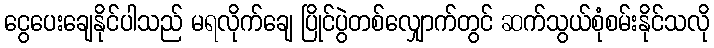
ငွေပေးချေနိုင်ပါသည် မရလိုက်ချေ ပြိုင်ပွဲတစ်လျှောက်တွင် ဆက်သွယ်စုံစမ်းနိုင်သလို